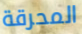
المحرقة